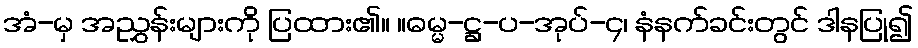
အံ-မှ အညွှန်းများကို ပြထား၏။ ။ဓမ္မ-ဋ္ဌ-ပ-အုပ်-၄၊ နံနက်ခင်းတွင် ဒါနပြု၍